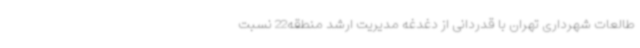
طالعات شهرداری تهران با قدردانی از دغدغه مدیریت ارشد منطقه22 نسبت